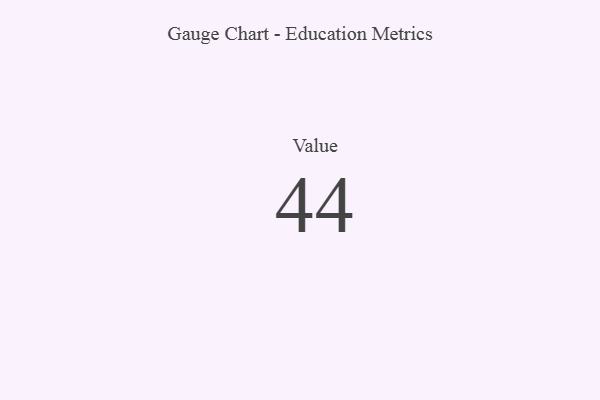
{"axis": {"x": "Metric", "y": "Value"}, "legend": [""], "data": [{"x": "Value", "y": 44, "type": ""}]}